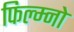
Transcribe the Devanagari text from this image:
फिल्म्नो